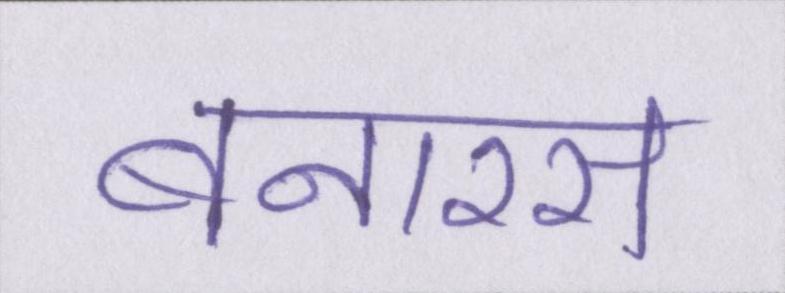
बनारस